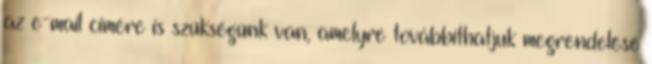
az e-mail címére is szükségünk van, amelyre továbbíthatjuk megrendelése